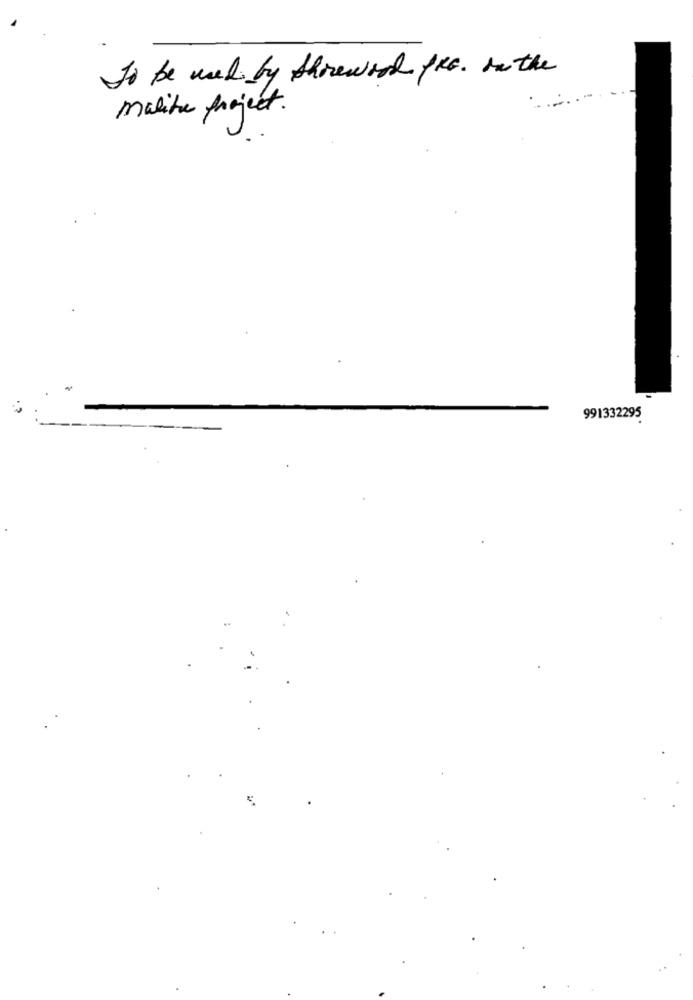
To be used by threwich PRE. In the
malita project.
991332295